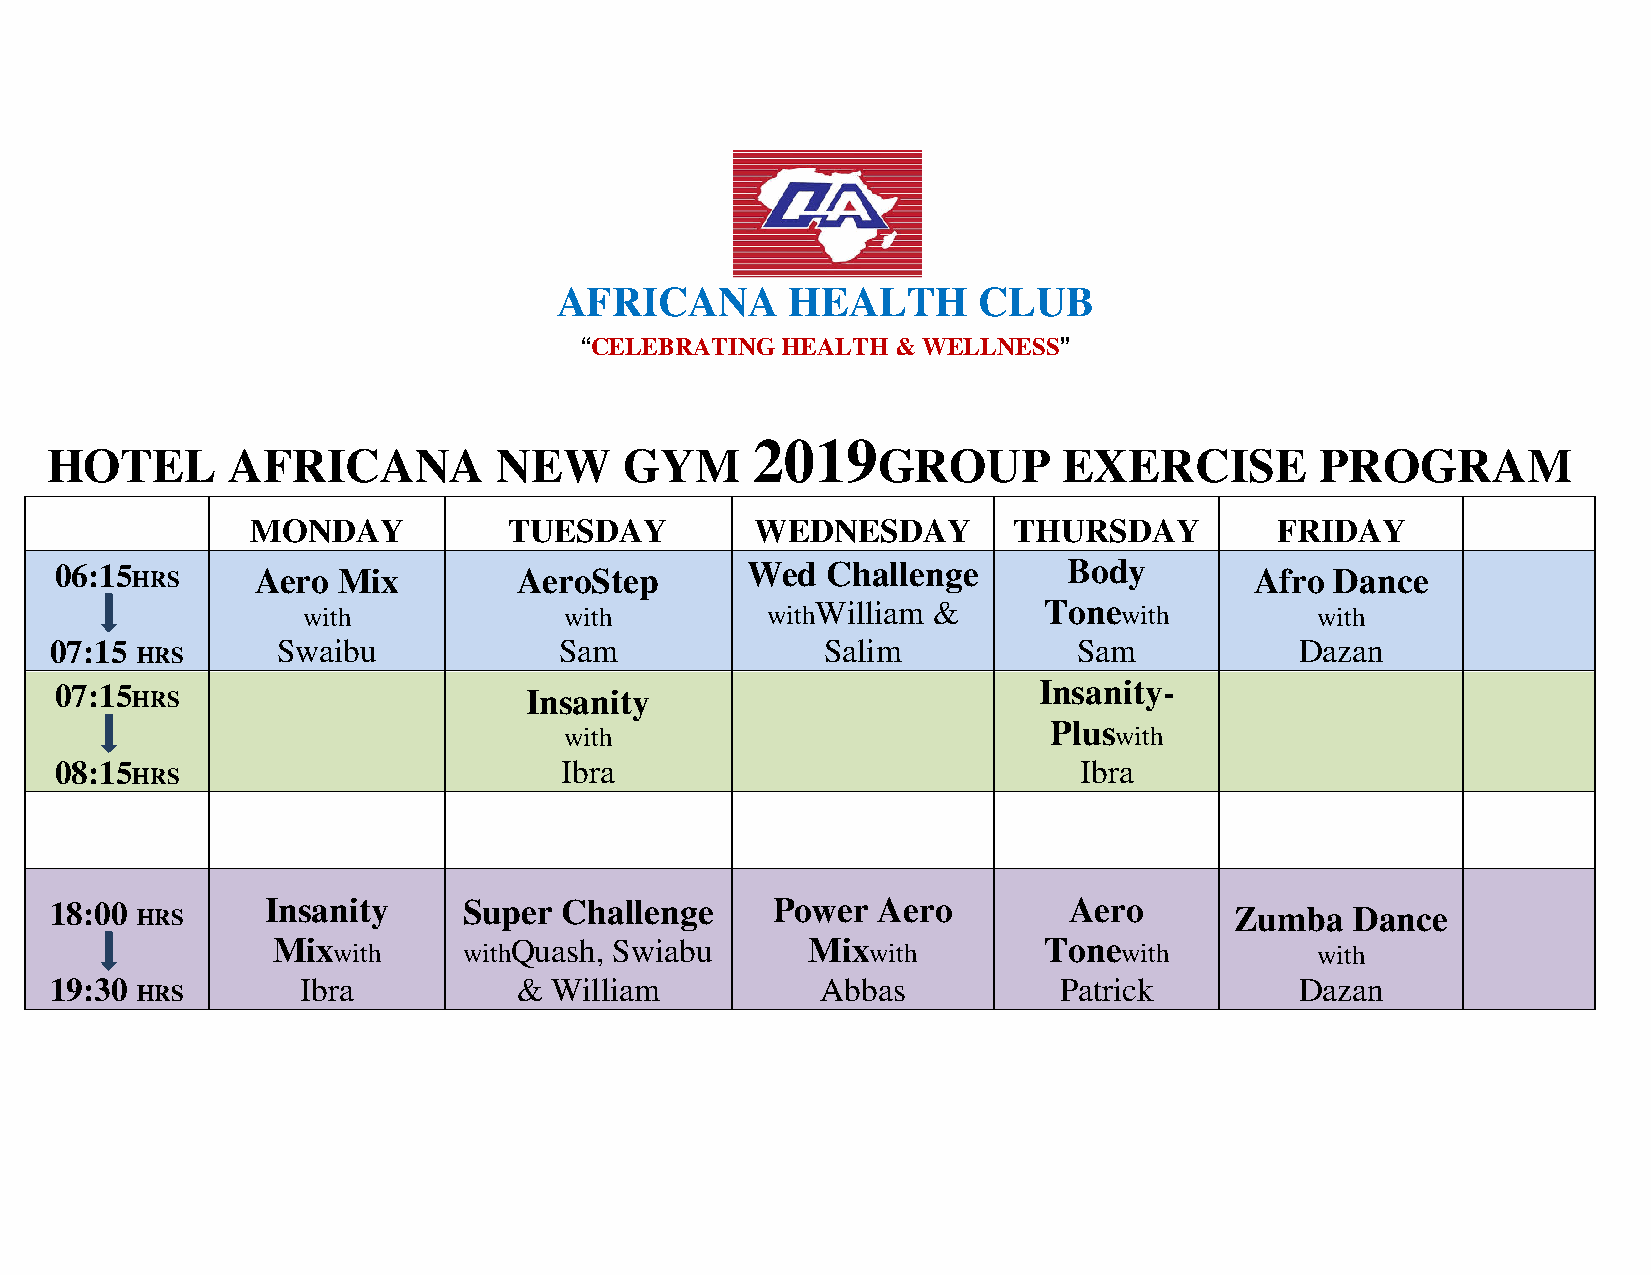
AFRICANA       HEALTH       CLUB
 “CELEBRATING  HEALTH & WELLNESS”
 2019
 HOTEL       AFRICANA          NEW     GYM              GROUP       EXERCISE         PROGRAM
 MONDAY           TUESDAY         WEDNESDAY        THURSDAY         FRIDAY
 06:15 HRS    Aero Mix         AeroStep       Wed   Challenge       Body        Afro Dance
 with             with          withWilliam &     Tone with         with
 07:15          Swaibu             Sam               Salim           Sam            Dazan
 HRS
 07:15 HRS                      Insanity                          Insanity-
 with
 Plus
 with
 08:15                            Ibra                              Ibra
 HRS
 18:00 HRS      Insanity     Super Challenge     Power  Aero         Aero       Zumba   Dance
 Mix with     withQuash, Swiabu     Mix  with       Tone with         with
 19:30            Ibra          & William           Abbas           Patrick         Dazan
 HRS